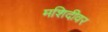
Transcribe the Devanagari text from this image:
मशिदीवर